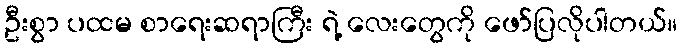
ဦးစွာ ပထမ စာရေးဆရာကြီး ရဲ့ လေးတွေကို ဖော်ပြလိုပါတယ်။